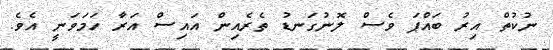
ނުކުތް އިރު ބައްޕަ ވެސް ލޮނުގަނޑު ތެރެއިން އައިސް އަރާ ހަމަވަނީ އެވެ.